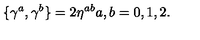
\{ \gamma ^ { a } , \gamma ^ { b } \} = 2 \eta ^ { a b } a , b = 0 , 1 , 2 .